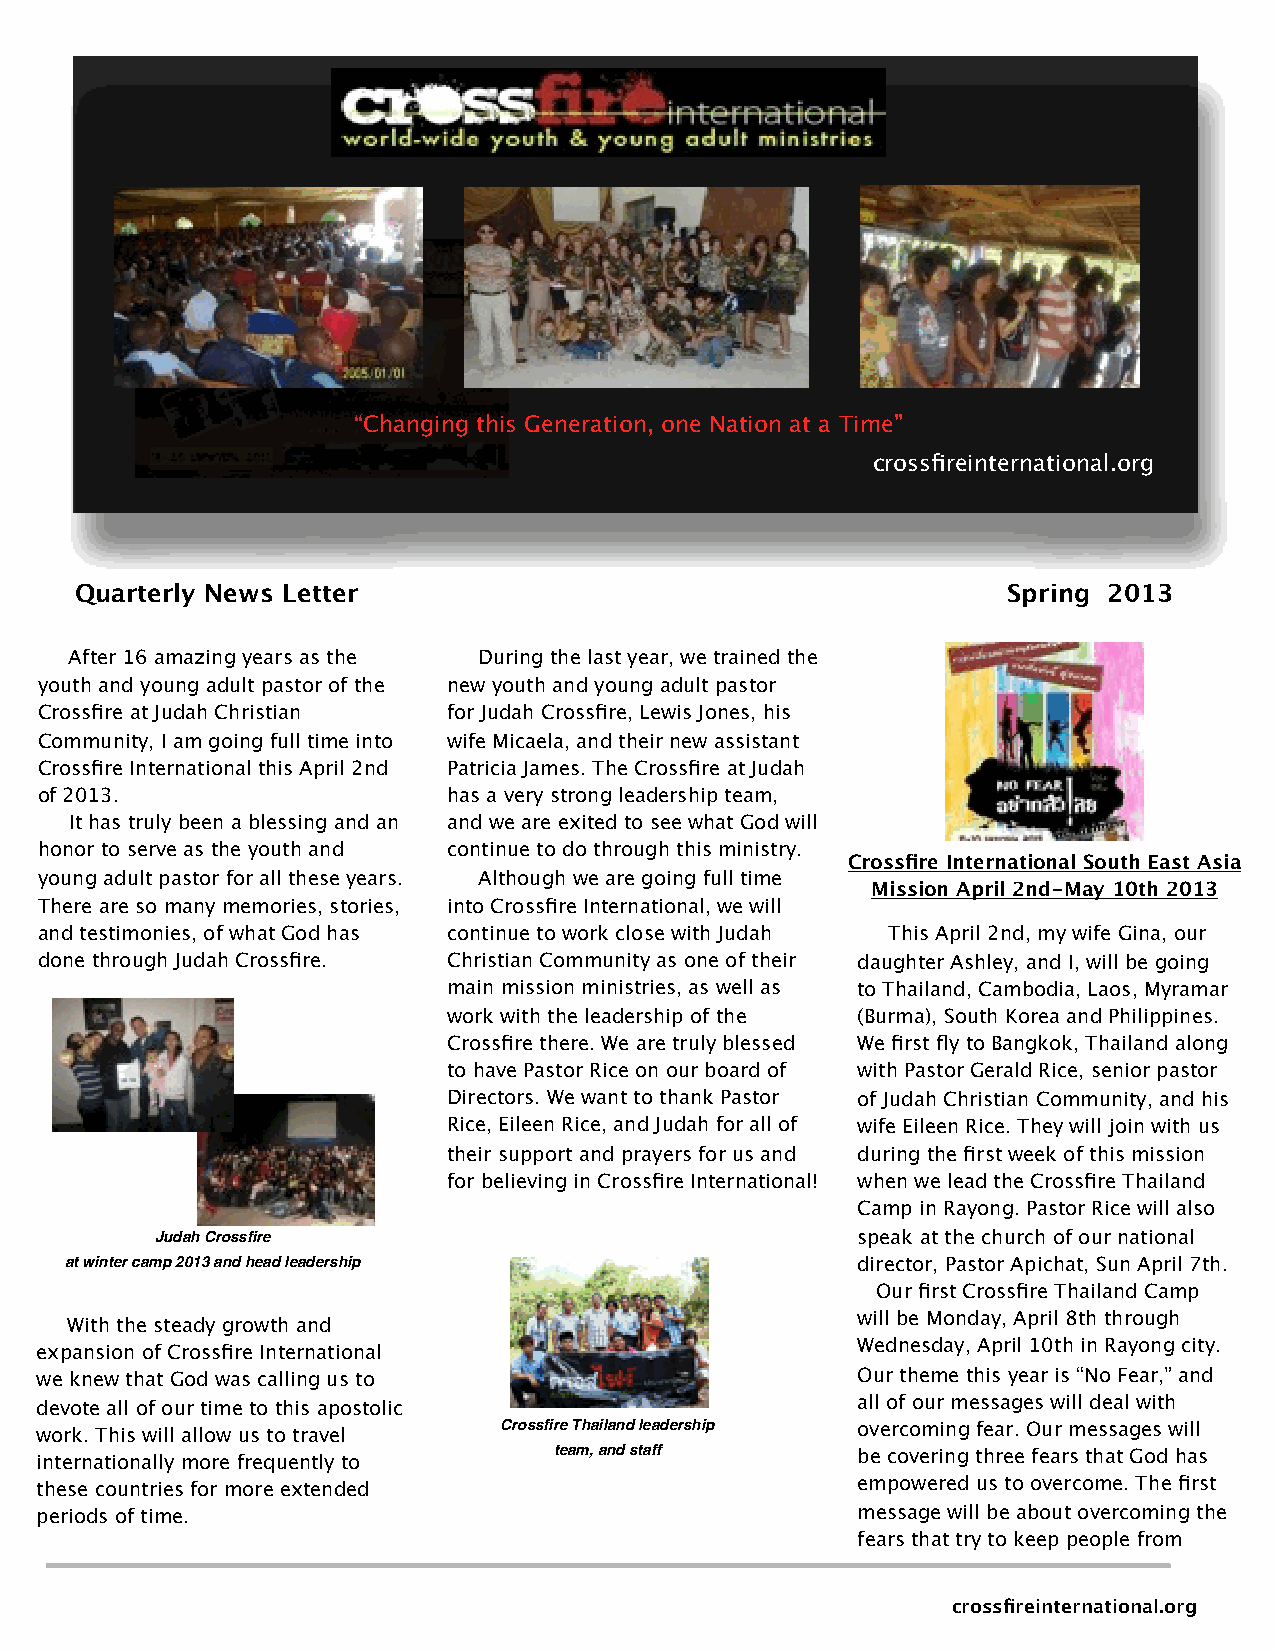
“Changing this Generation, one Nation at a Time”
 crossfireinternational.org
 Quarterly News Letter                                         Spring 2013
 After 16 amazing years as the During the last year, we trained the
 youth and young adult pastor of the new youth and young adult pastor
 Crossfire at Judah Christian for Judah Crossfire, Lewis Jones, his
 Community, I am going full time into wife Micaela, and their new assistant
 Crossfire International this April 2nd Patricia James. The Crossfire at Judah
 of 2013.                    has a very strong leadership team,
 It has truly been a blessing and an and we are exited to see what God will
 honor to serve as the youth and continue to do through this ministry.
 Crossfire International South East Asia
 young adult pastor for all these years. Although we are going full time
 Mission April 2nd-May 10th 2013
 There are so many memories, stories, into Crossfire International, we will
 and testimonies, of what God has continue to work close with Judah This April 2nd, my wife Gina, our
 done through Judah Crossfire. Christian Community as one of their daughter Ashley, and I, will be going
 main mission ministries, as well as to Thailand, Cambodia, Laos, Myramar
 work with the leadership of the (Burma), South Korea and Philippines.
 Crossfire there. We are truly blessed We first fly to Bangkok, Thailand along
 to have Pastor Rice on our board of with Pastor Gerald Rice, senior pastor
 Directors. We want to thank Pastor of Judah Christian Community, and his
 Rice, Eileen Rice, and Judah for all of wife Eileen Rice. They will join with us
 their support and prayers for us and during the first week of this mission
 for believing in Crossfire International! when we lead the Crossfire Thailand
 Camp in Rayong. Pastor Rice will also
 Judah Crossfire                                speak at the church of our national
 at winter camp 2013 and head leadership              director, Pastor Apichat, Sun April 7th.
 Our first Crossfire Thailand Camp
 With the steady growth and                           will be Monday, April 8th through
 expansion of Crossfire International                   Wednesday, April 10th in Rayong city.
 we knew that God was calling us to                     Our theme this year is “No Fear,” and
 devote all of our time to this apostolic               all of our messages will deal with
 work. This will allow us to travel Crossfire Thailand leadership overcoming fear. Our messages will
 internationally more frequently to team, and staff     be covering three fears that God has
 these countries for more extended                      empowered us to overcome. The first
 periods of time.                                       message will be about overcoming the
 fears that try to keep people from
 crossfireinternational.org